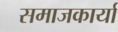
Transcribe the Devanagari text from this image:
समाजकार्या